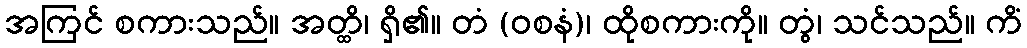
အကြင် စကားသည်။ အတ္ထိ၊ ရှိ၏။ တံ (ဝစနံ)၊ ထိုစကားကို။ တွံ၊ သင်သည်။ ကိံ